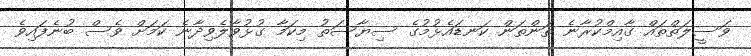
ވަސީލަތްތައް ގާއިމްކުރާނެ ތަންތަން ކަނޑައެޅުމުގެ ސިޔާސަތު މިކަމާ ގުޅުވާލެވިދާނެ ކަމަށް ވެސް ބުނެފައިވެ